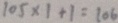
1 0 5 \times 1 + 1 = 1 0 6